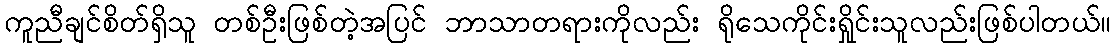
ကူညီချင်စိတ်ရှိသူ တစ်ဦးဖြစ်တဲ့အပြင် ဘာသာတရားကိုလည်း ရိုသေကိုင်းရှိုင်းသူလည်းဖြစ်ပါတယ်။